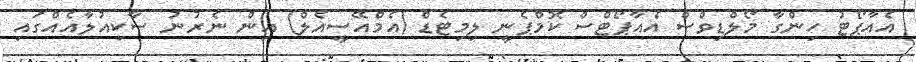
އެއާޕޯޓު ހިންގާ މޯލްޑިވްސް އެއާޕޯޓްސް ކޮމްޕެނީ ލިމިޓެޑް (އެމްއޭސީއެލް) އިން ނެރުނު ސާކިއުލާއެއްގައި